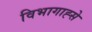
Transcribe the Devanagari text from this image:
विभागाह्से